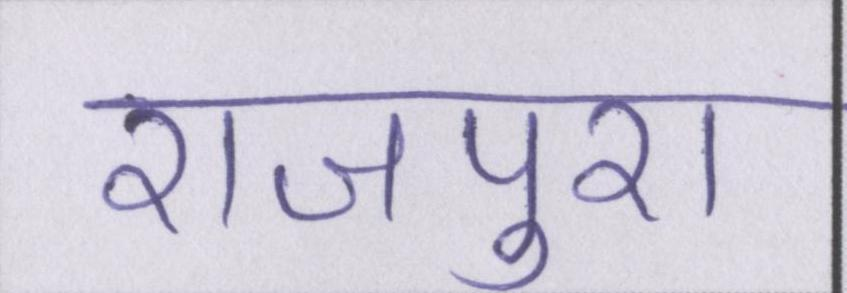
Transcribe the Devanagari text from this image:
राजपुरा